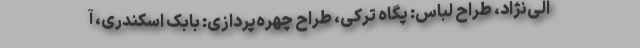
الی‌نژاد، طراح لباس: پگاه ترکی، طراح چهره‌پردازی: بابک اسکندری، آ